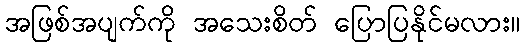
အဖြစ်အပျက်ကို အသေးစိတ် ပြောပြနိုင်မလား။